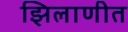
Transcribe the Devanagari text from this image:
झिलाणीत